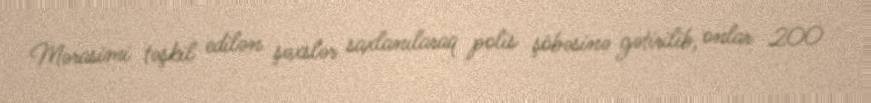
Mərasimi təşkil edilən şəxslər saxlanılaraq polis şöbəsinə gətirilib, onlar 200